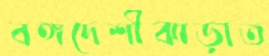
বঙ্গদেশীঝাড়াত